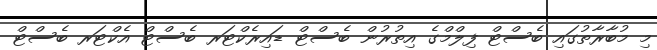
މި މުބާރާތުގައި ބެސްޓް ފިލްމްގެ އިތުރުން ބެސްޓް ޑައިރެކްޓަރ ބެސްޓް އެކްޓަރ ބެސްޓް